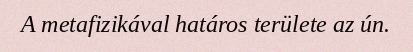
A metafizikával határos területe az ún.